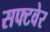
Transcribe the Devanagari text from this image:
सफ्टवेर